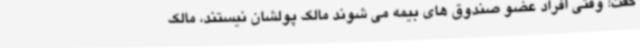
گفت: وقتی افراد عضو صندوق های بیمه می شوند مالک پولشان نیستند، مالک